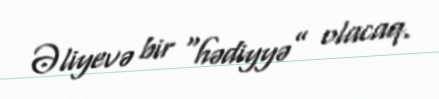
Əliyevə bir “hədiyyə” olacaq.